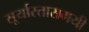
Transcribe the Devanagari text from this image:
सूर्यास्तासमयी